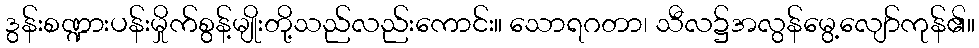
ဒွန်းစဏ္ဍားပန်းမှိုက်စွန့်မျိုးတို့သည်လည်းကောင်း။ သောရဂတာ၊ သီလ၌အလွန်မွေ့လျော်ကုန်၏။